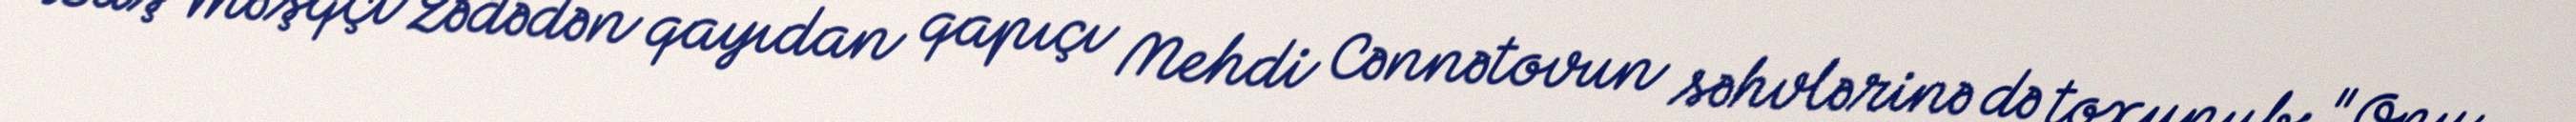
Baş məşqçi zədədən qayıdan qapıçı Mehdi Cənnətovun səhvlərinə də toxunub: "Onu